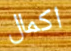
اكمال